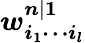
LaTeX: \boldsymbol{w_{i_{1}\cdots i_{l}}^{n|1}}